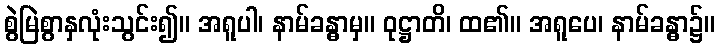
စွဲမြဲစွာနှလုံးသွင်း၍။ အရူပါ၊ နာမ်ခန္ဓာမှ။ ဝုဋ္ဌာတိ၊ ထ၏။ အရူပေ၊ နာမ်ခန္ဓာ၌။